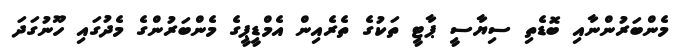
މެންބަރުންނާއި ބޮޑެތި ސިޔާސީ ޕާޓީ ތަކުގެ ތެރެއިން އެމްޑީޕީގެ މެންބަރުންގެ މެދުގައި ހޫނުގަދަ